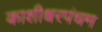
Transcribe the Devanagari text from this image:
काशीश्वरपंचम